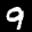
Digit: 9